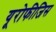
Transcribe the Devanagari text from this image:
यूरोफीजिस